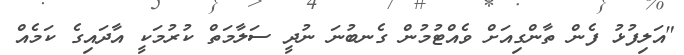
"އަލިފުޅު ފެން ތާންގިއަށް ވެއްޓުމުން ގެނބުނަ ނުދީ ސަލާމަތް ކުރުމަކީ އާދައިގެ ކަމެއް